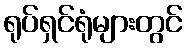
ရုပ်ရှင်ရုံများတွင်